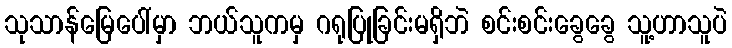
သုသာန်မြေပေါ်မှာ ဘယ်သူကမှ ဂရုပြုခြင်းမရှိဘဲ စင်းစင်းခွေခွေ သူ့ဟာသူပဲ